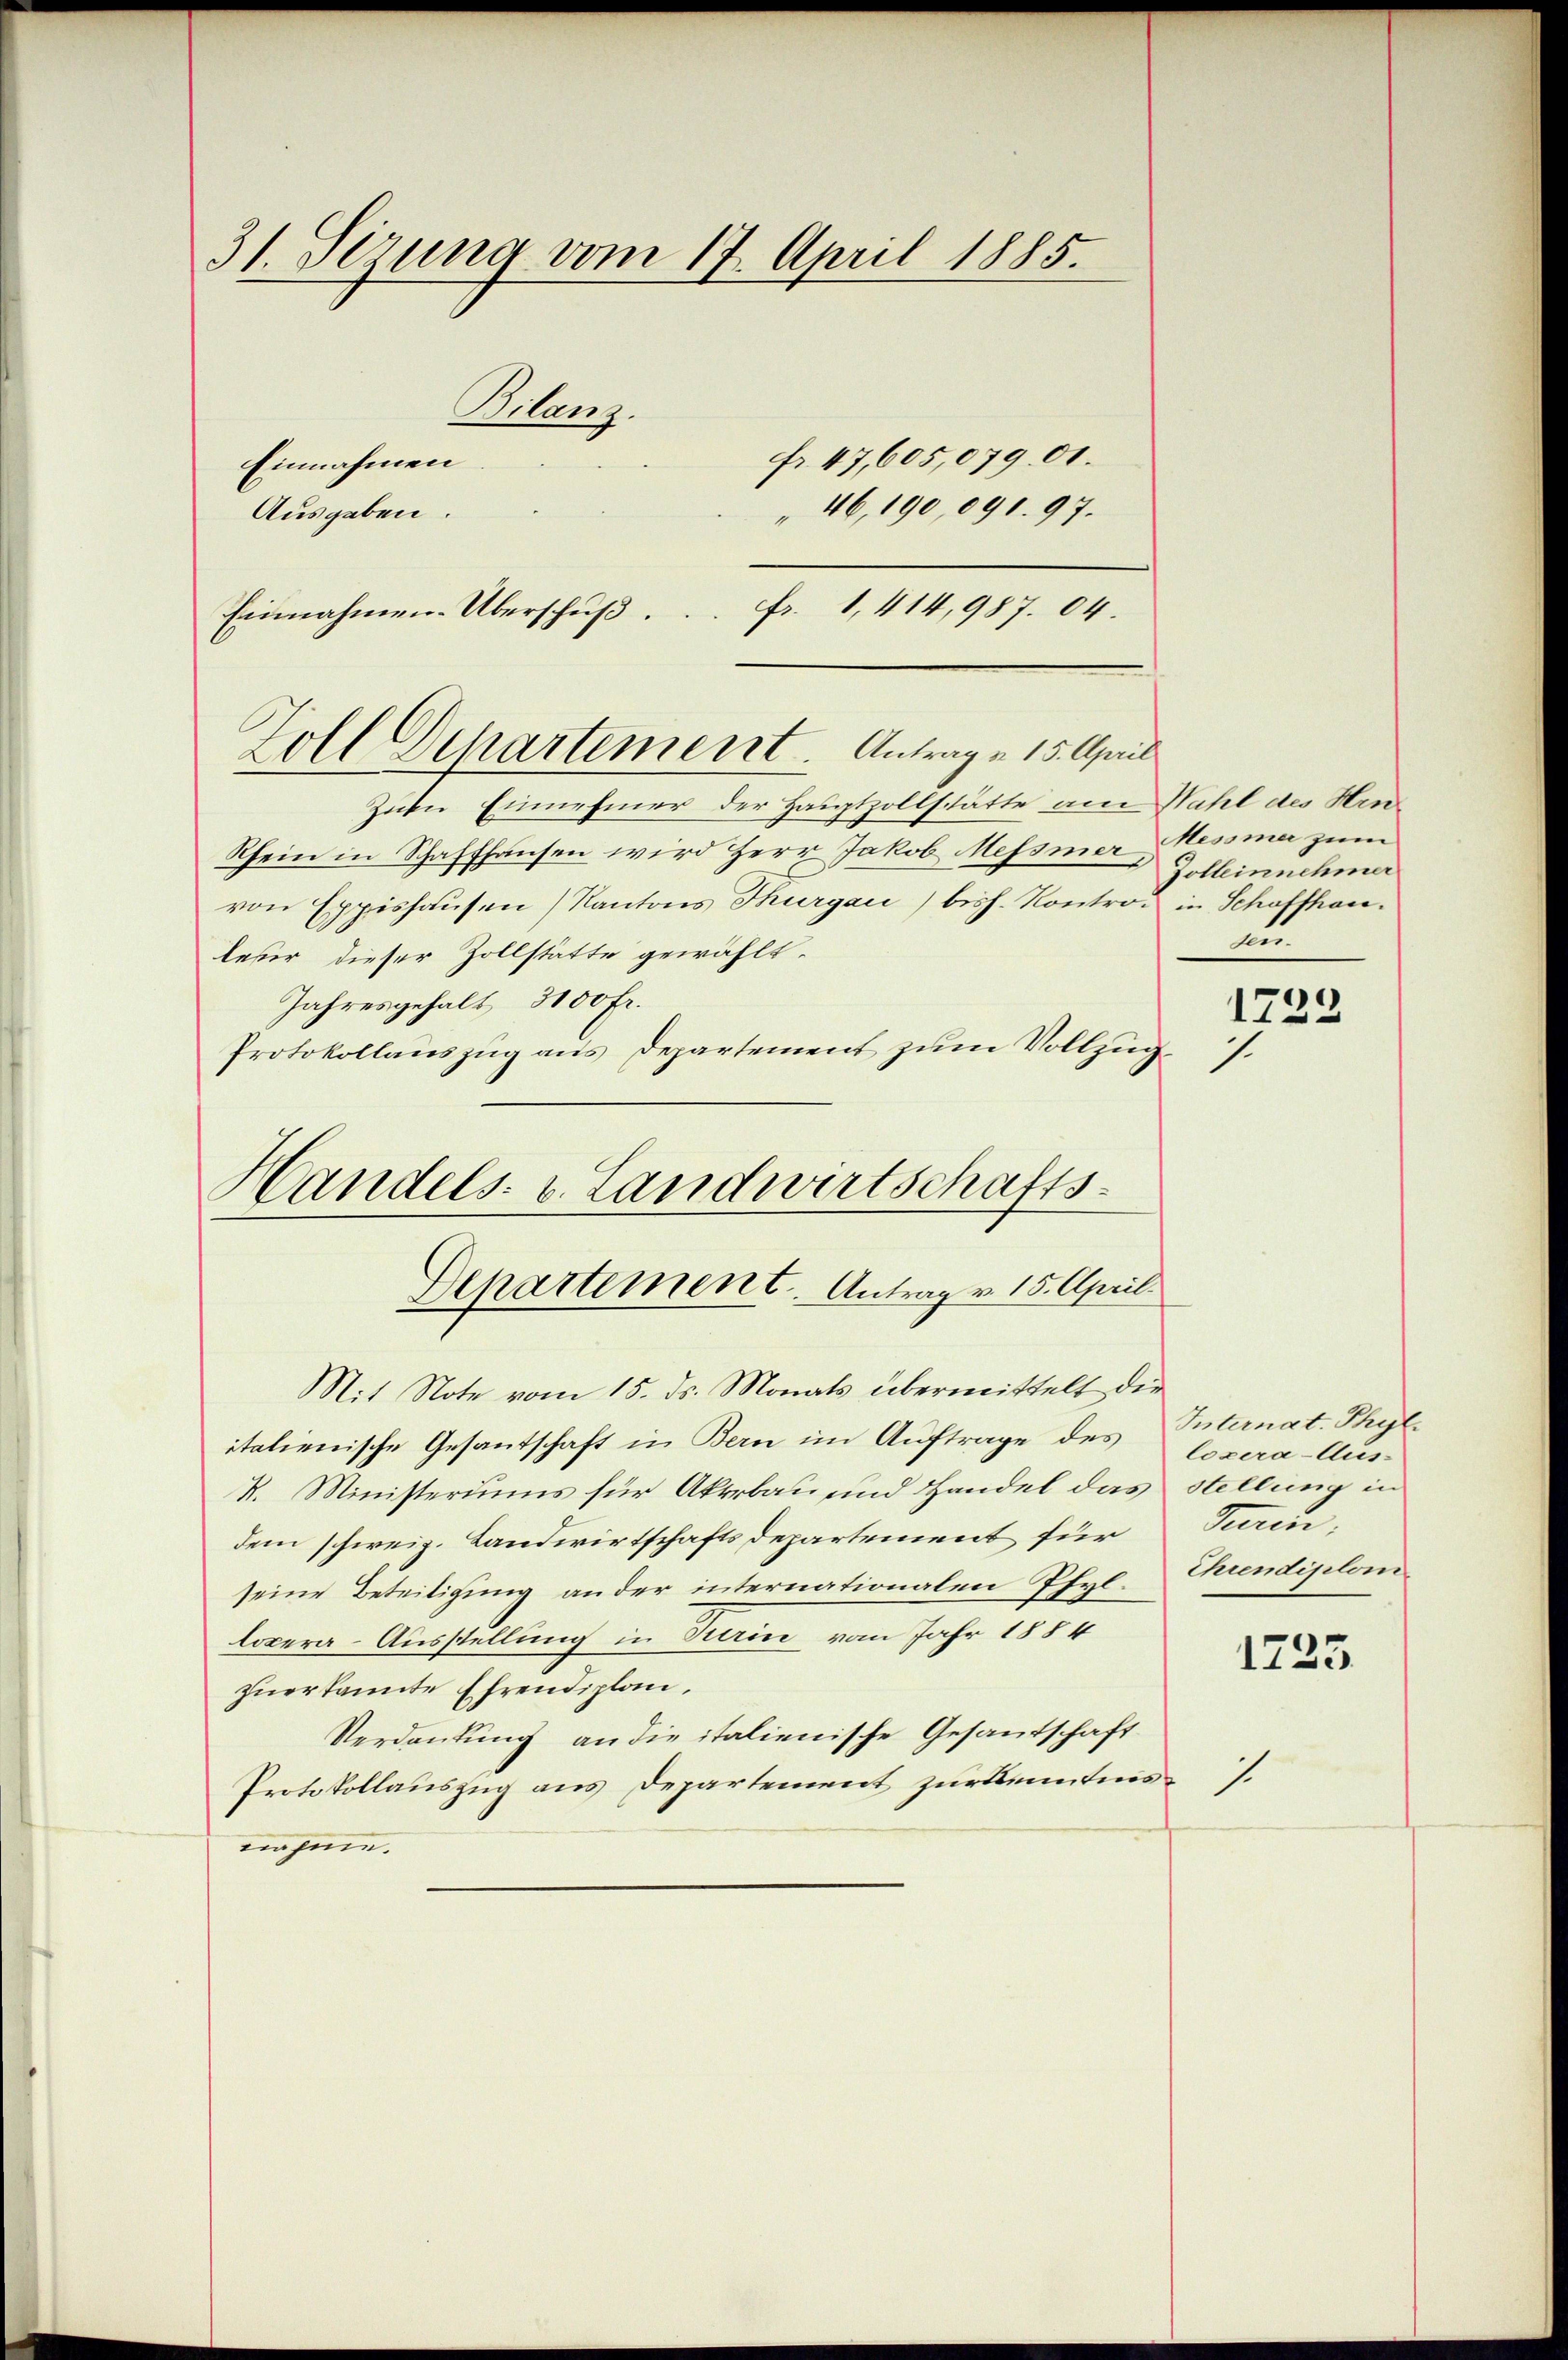
31. Sezung vom 17. April 1885.
Bilanz.
fr. 47,605,07901.
Einnahmen
Ausgaben.
" 46, 190,091. 97.

Einnahmen. Überschuß.

Zuen Einnehmer der Hauptzollstätte am Wahl des Hrn
Rhein in Schaffhausen wird Herr Jakob Messner Messner zum
von Eppishausen (Kantons Thurgau) bish. Kontrod in Schotthauleser dieser Zollstätte gewählt.
Jahresgehalt 3100 Fr.
Protokollauszug aus Departement zum Vollzug
Mit Note vom 15. ds. Monats übermittelt die
italienische Gesantschaft in Bern im Auftrage des Internat. Phylk. Ministeriums für Akerbau und Handel das Stellung in
dem schweiz. Landwirtschafts Departement für
seine Beteiligung an der internationalen Pfyllopera-Ausstellung in Rain vom Jahr 1884
zuerkannte Ehrendiplan,
Verdankung an die italienische Gesandschaft
Protokollauszug aus Departement zur Kenntensnahme.

Zoll Departement. Antrag a 15. April

Handels. v. Landwirtschafts-
Departement. Antrag v. 15. April

Fr. 1, 414,987. 64.

Dolleinnehmer
un

1722
1.

Cozera-Aus-
Turin,
Ehrendiplom

7.

1725